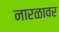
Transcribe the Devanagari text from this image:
नारळावर